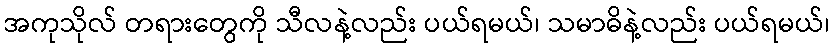
အကုသိုလ် တရားတွေကို သီလနဲ့လည်း ပယ်ရမယ်၊ သမာဓိနဲ့လည်း ပယ်ရမယ်၊